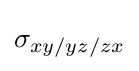
\sigma _{xy/yz/zx}